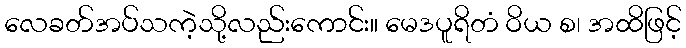
လေခတ်အပ်သကဲ့သို့လည်းကောင်း။ မေဒပူရိတံ ဝိယ စ၊ အထိဖြင့်